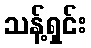
သန့်ရှင်း